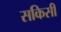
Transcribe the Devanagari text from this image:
सकिसी